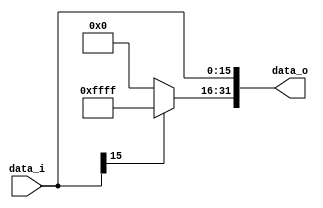
//0511097 fB0516329 R
module Sign_Extend(
    data_i,
    data_o
    );
               
//I/O ports
input   [16-1:0] data_i;
output  [32-1:0] data_o;

//Internal Signals
wire     [32-1:0] data_o;

//Sign extended
assign data_o[15:0] = data_i; 
assign data_o[31:16] = (data_i[15] == 1'b1)? 16'b1111111111111111:16'b0;

endmodule